Civil Veterinary Department Bihar reports 1936-40 - 1936-1940
Year: 1936
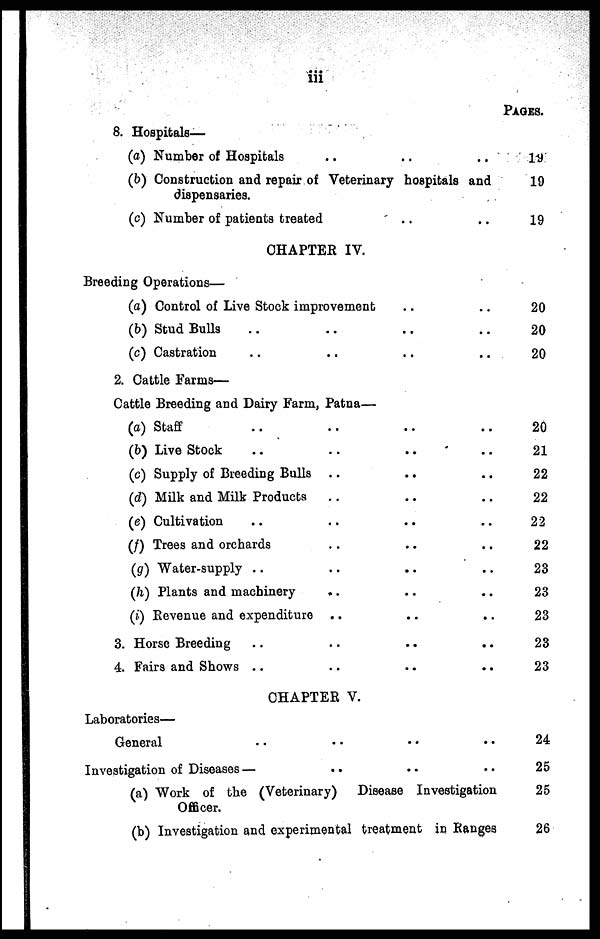
iii
8. Hospitals—
(a) Number of Hospitals .. ..
(b) Construction and repair of Veterinary hospitals and
dispensaries.
(c) Number of patients treated .. ..
CHAPTER IV.
Breeding Operations—
(a) Control of Live Stock improvement .. ..
(b) Stud Bulls .. .. .. ..
(c) Castration .. .. ..
2. Cattle Farms—
Cattle Breeding and Dairy Farm, Patna—
(a) Staff .. .. .. ..
(b) Live Stock .. .. .. ..
(c) Supply of Breeding Bulls .. ..
(d) Milk and Milk Products .. ..
(e) Cultivation .. .. ..
(f) Trees and orchards .. .. ..
(g) Water-supply .. .. ..
(h) Plants and machinery .. .. ..
(i) Revenue and expenditure .. ..
3. Horse Breeding .. .. .. ..
4. Fairs and Shows .. .. .. ..
CHAPTER V.
Laboratories—
General .. .. .. ..
Investigation of Diseases —
.. .. ..
(a) Work of the (Veterinary) Disease Investigation
Officer.
(b) Investigation and experimental treatment in Ranges
PAGES.
19
19
19
20
20
20
20
21
22
22
22
22
23
23
23
23
23
24
25
25
26